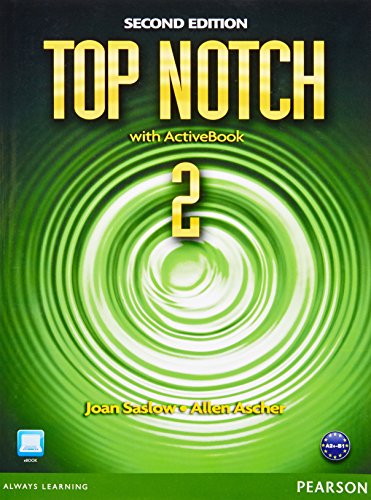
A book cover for Top Notch 2 with ActiveBook, 2nd Edition; Joan M. Saslow; Reference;